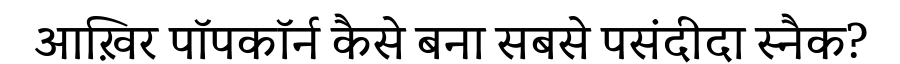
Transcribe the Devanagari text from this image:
आख़िर पॉपकॉर्न कैसे बना सबसे पसंदीदा स्नैक?